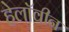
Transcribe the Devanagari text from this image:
हेलाॅवीन